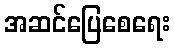
အဆင်ပြေစေရေး